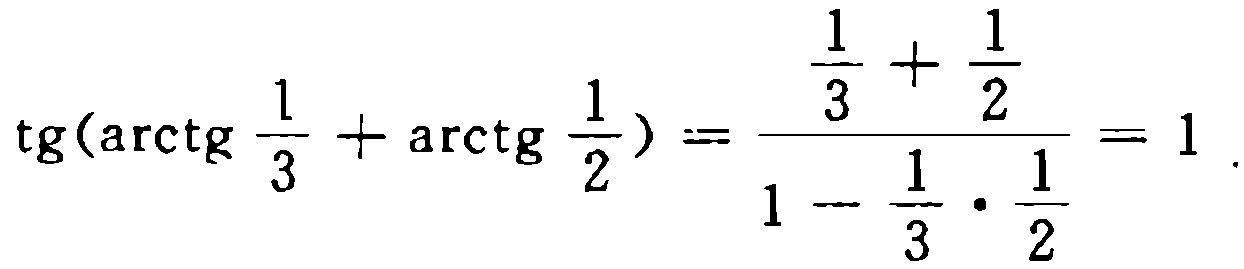
\(\mathrm{tg}(\mathrm{arctg} \frac{1}{3} + \mathrm{arctg} \frac{1}{2}) = \frac{\frac{1}{3} + \frac{1}{2}}{1 - \frac{1}{3} \cdot \frac{1}{2}} = 1\)